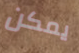
يمكن